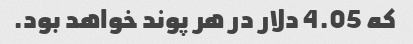
که 4.05 دلار در هر پوند خواهد بود.